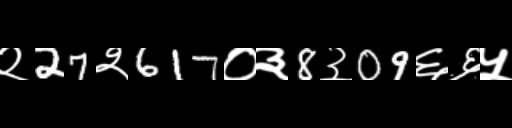
Text: २27२617०३8३09६६५